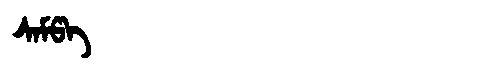
Manchu: ᠰᠠᠮᡦᠠ
Romanization: SAMPA